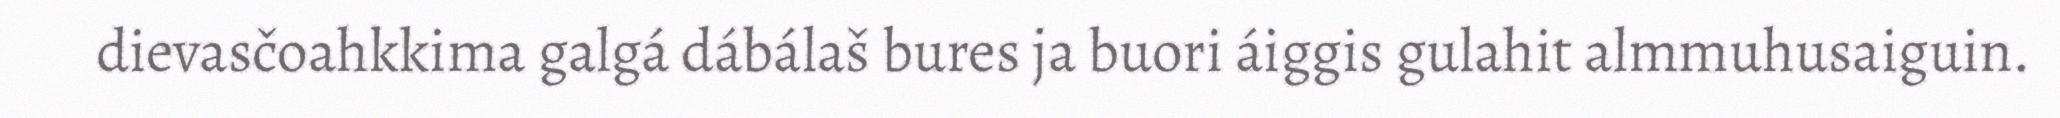
dievasčoahkkima galgá dábálaš bures ja buori áiggis gulahit almmuhusaiguin.